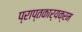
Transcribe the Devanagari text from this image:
प्राप्तकार्यक्रम